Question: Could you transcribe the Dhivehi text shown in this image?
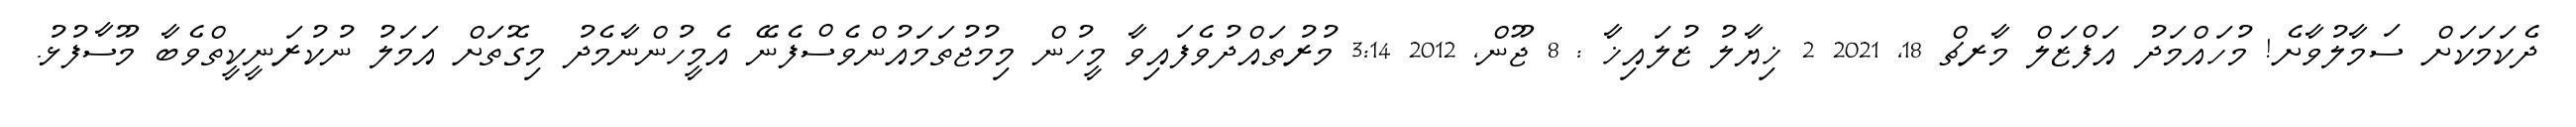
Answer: ދެކަމަކަށް ސަމާލުވާށެ! މުހައްމަދު އަފްޒަލް މާރޗް 18, 2021 2 ޚިޔާލު ޒުލައިޚާ : 8 ޖޫން, 2012 3:14 މުރުތައްދުވެފައިވާ މީހުން މިމުޖުތަމައުންވެސްފެނޭ އެމީހުންނާމެދު މިގޮތަށް އަމަލު ނުކުރަނީކީތްވެބާ މޫސާފުޅު.